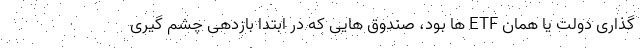
گذاری دولت یا همان ETF ها بود، صندوق هایی که در ابتدا بازدهی چشم گیری